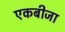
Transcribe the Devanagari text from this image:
एकबीजा